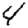
Digit: 4